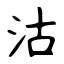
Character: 沽